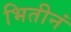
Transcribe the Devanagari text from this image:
भितीनं